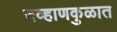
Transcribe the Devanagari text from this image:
चव्हाणकुळात